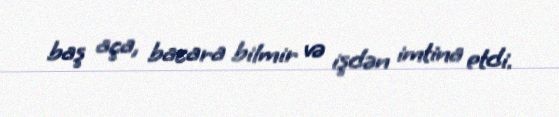
baş aça, bacara bilmir və işdən imtina etdi.